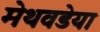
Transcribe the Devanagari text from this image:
मेथवडेया